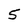
Character: 5